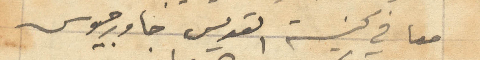
معا في كنيسة القديس جاورجيوس